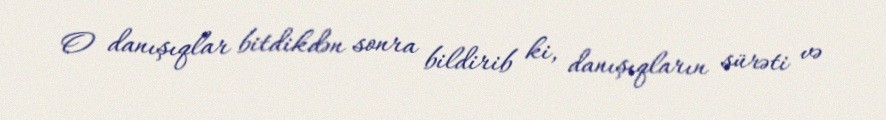
O danışıqlar bitdikdən sonra bildirib ki, danışıqların sürəti və